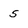
Character: 5